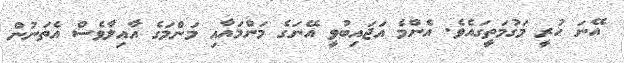
އޭނަ ހުރީ މަގުމަތީގައެވެ. އެންމެ އަޖައިބުވީ އޭނަގެ މަންމައާއި މަންމަގެ އާއިލާވެސް އެތަނުން